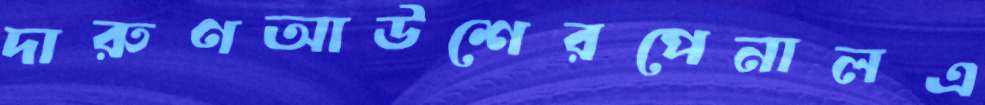
দারুণআউশেরপেনালএ